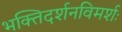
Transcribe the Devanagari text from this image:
भक्तिदर्शनविमर्शः